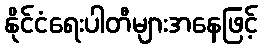
နိုင်ငံရေးပါတီများအနေဖြင့်